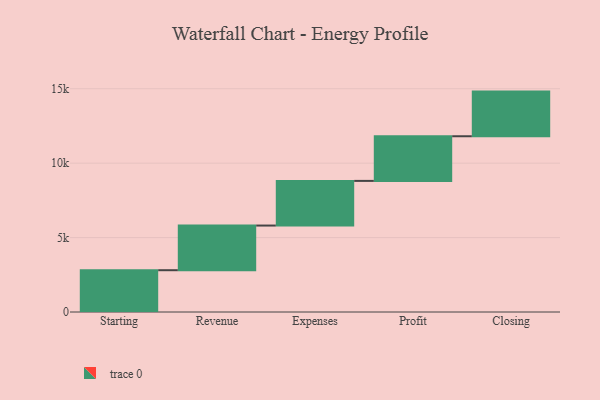
{"axis": {"x": "Step", "y": "Value"}, "legend": [""], "data": [{"x": "Starting", "y": 2808.0, "type": ""}, {"x": "Revenue", "y": 3000, "type": ""}, {"x": "Expenses", "y": 3000, "type": ""}, {"x": "Profit", "y": 3000, "type": ""}, {"x": "Closing", "y": 3000, "type": ""}]}